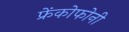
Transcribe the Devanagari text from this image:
फ्रेंकोफोनी